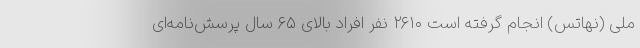
ملی (نهاتس) انجام گرفته است ۲۶۱۰ نفر افراد بالای ۶۵ سال پرسش‌نامه‌ای